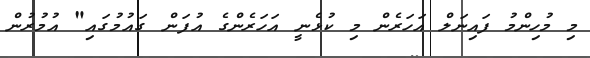
މި މުހިންމު ފައިނަލް އަހަރެން މި ކުޅެނީ އަހަރެންގެ އުފަން ގައުމުގައި" އުމުރުން